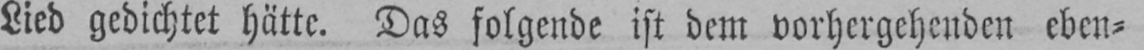
Lied gedichtet hätte. Das folgende ist dem vorhergehenden eben⸗